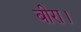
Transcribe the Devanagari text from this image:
बीरा।